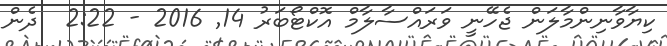
ކިޔާވާނިންމާލަން ޖެހޭނީ ވަރައްސާލާމް އޮކްޓޯބަރު 14